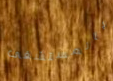
بالمستشفى